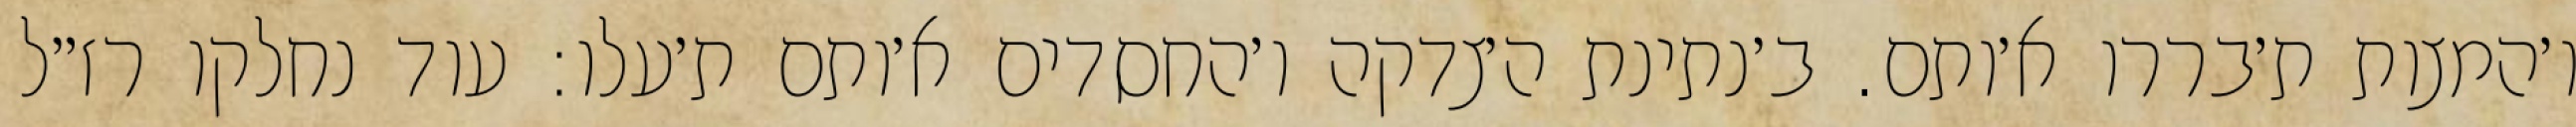
ו׳המצות ת׳בררו א׳ותם. ב׳נתינת ה׳צדקה ו׳החסדים א׳ותם ת׳עלו: עוד נחלקו רז״ל